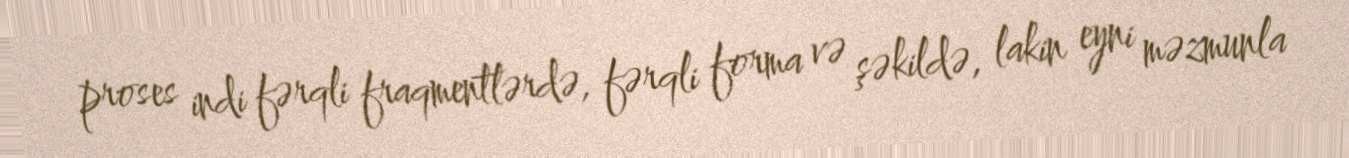
proses indi fərqli fraqmentlərdə, fərqli forma və şəkildə, lakin eyni məzmunla